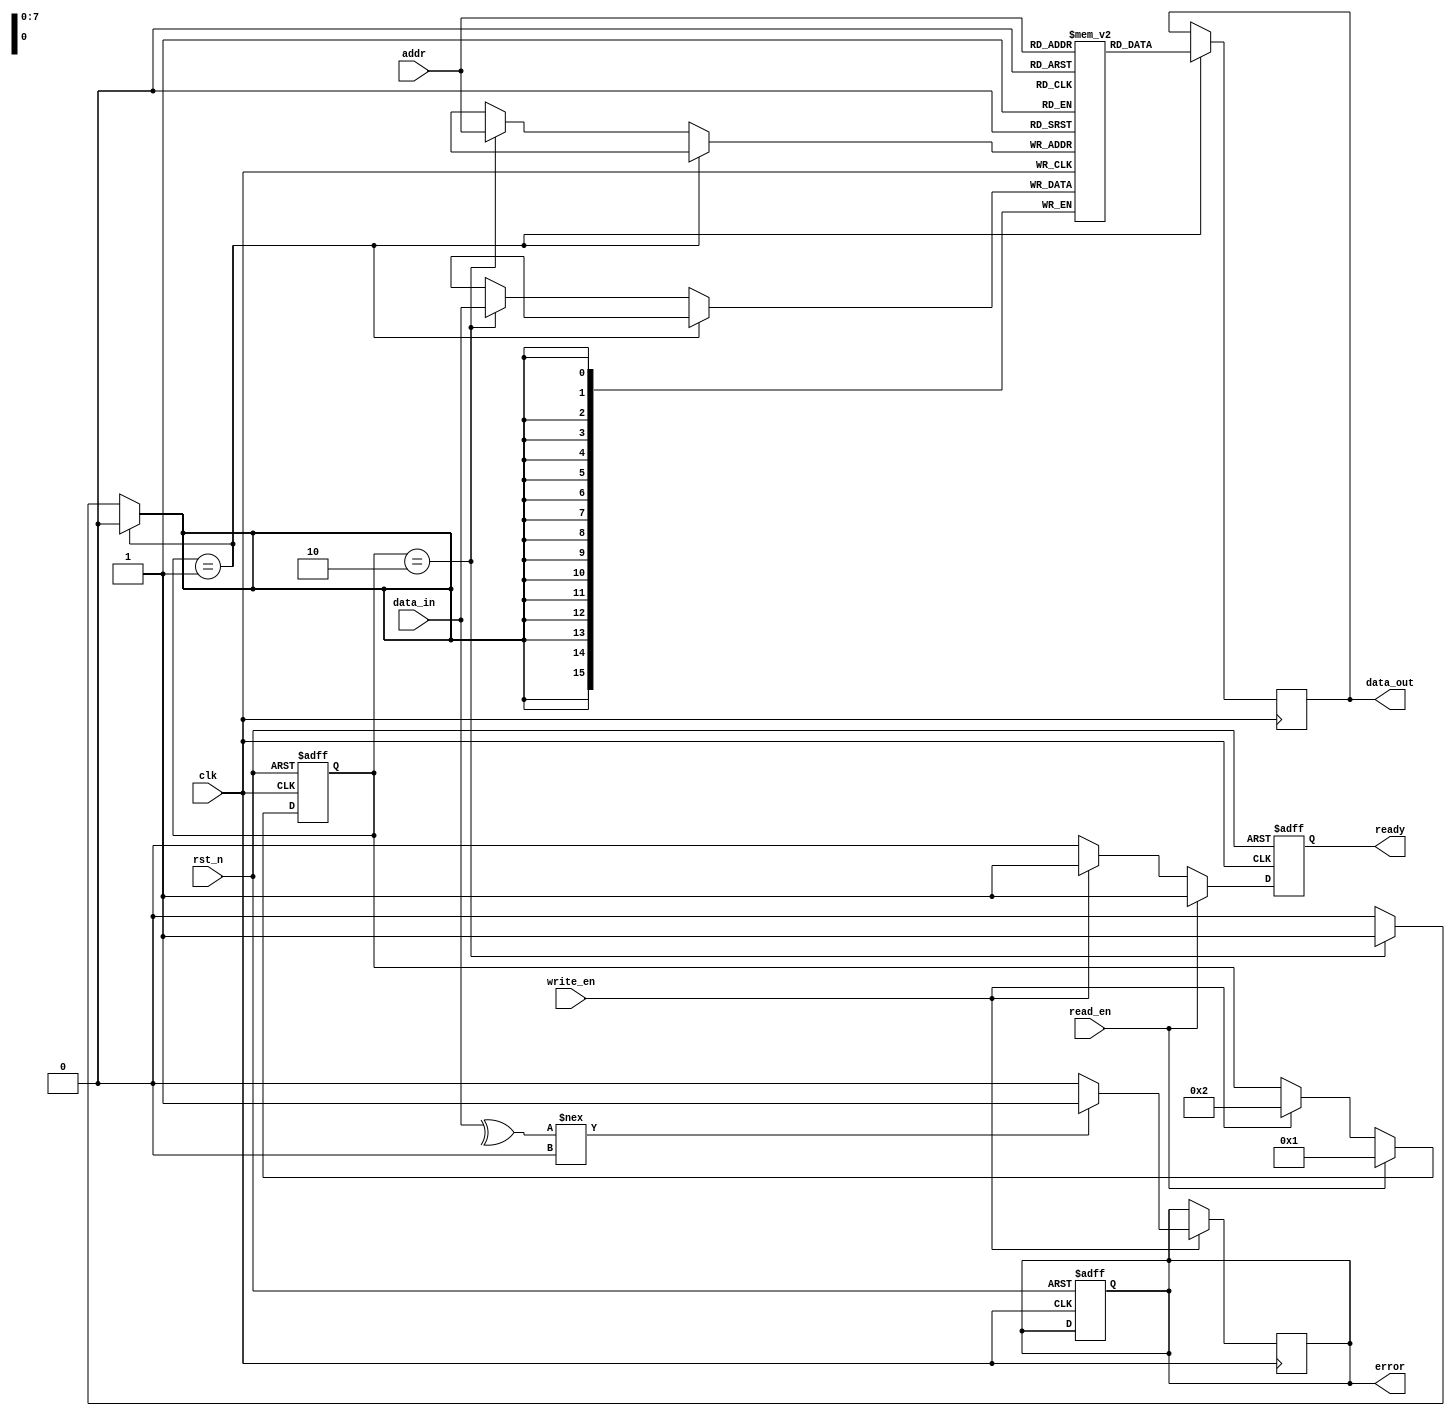
module IO_Block (
    input wire clk,                // System clock
    input wire rst_n,              // Active low reset
    input wire [7:0] addr,         // Address bus
    input wire [15:0] data_in,     // Data input bus
    output reg [15:0] data_out,    // Data output bus
    input wire read_en,            // Read enable signal
    input wire write_en,           // Write enable signal
    output reg ready,              // Ready signal for the controller
    output reg error               // Error signal for ECC
);

// Internal signals
reg [15:0] memory [0:255];         // Memory array (256 x 16 bits)
reg [7:0] command;                  // Command register
reg [15:0] data_buffer;             // Data buffer for read/write operations

// Command interface
always @(posedge clk or negedge rst_n) begin
    if (!rst_n) begin
        command <= 8'b0;
        ready <= 1'b0;
        error <= 1'b0;
    end else begin
        if (read_en) begin
            command <= 8'b00000001; // READ command
            ready <= 1'b1;
        end else if (write_en) begin
            command <= 8'b00000010; // WRITE command
            ready <= 1'b1;
        end else begin
            ready <= 1'b0;
        end
    end
end

// Data path for read and write operations
always @(posedge clk) begin
    if (command == 8'b00000001) begin // READ operation
        data_out <= memory[addr];     // Read data from memory
    end else if (command == 8'b00000010) begin // WRITE operation
        memory[addr] <= data_in;      // Write data to memory
    end
end

// Error correction logic (simple parity check for illustration)
always @(posedge clk) begin
    if (write_en) begin
        // Simple parity check (even parity)
        if (^data_in !== 1'b0) begin
            error <= 1'b1; // Error detected
        end else begin
            error <= 1'b0; // No error
        end
    end
end

endmodule